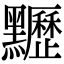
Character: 𪓀